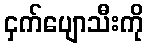
ငှက်ပျောသီးကို